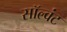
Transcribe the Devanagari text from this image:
सॉल्वंट